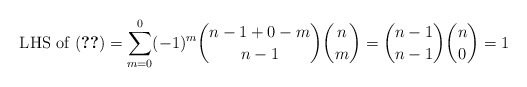
\begin{align*} \text{ LHS of (\ref{eqn:final})} = \sum_{m=0}^0 (-1)^m \binom{n-1 + 0-m}{n-1} \binom{n}{m} = \binom{n-1}{n-1} \binom{n}{0} = 1 \end{align*}